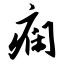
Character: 痫